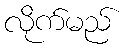
လိုက်မည်